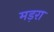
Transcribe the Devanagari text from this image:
मड़रा